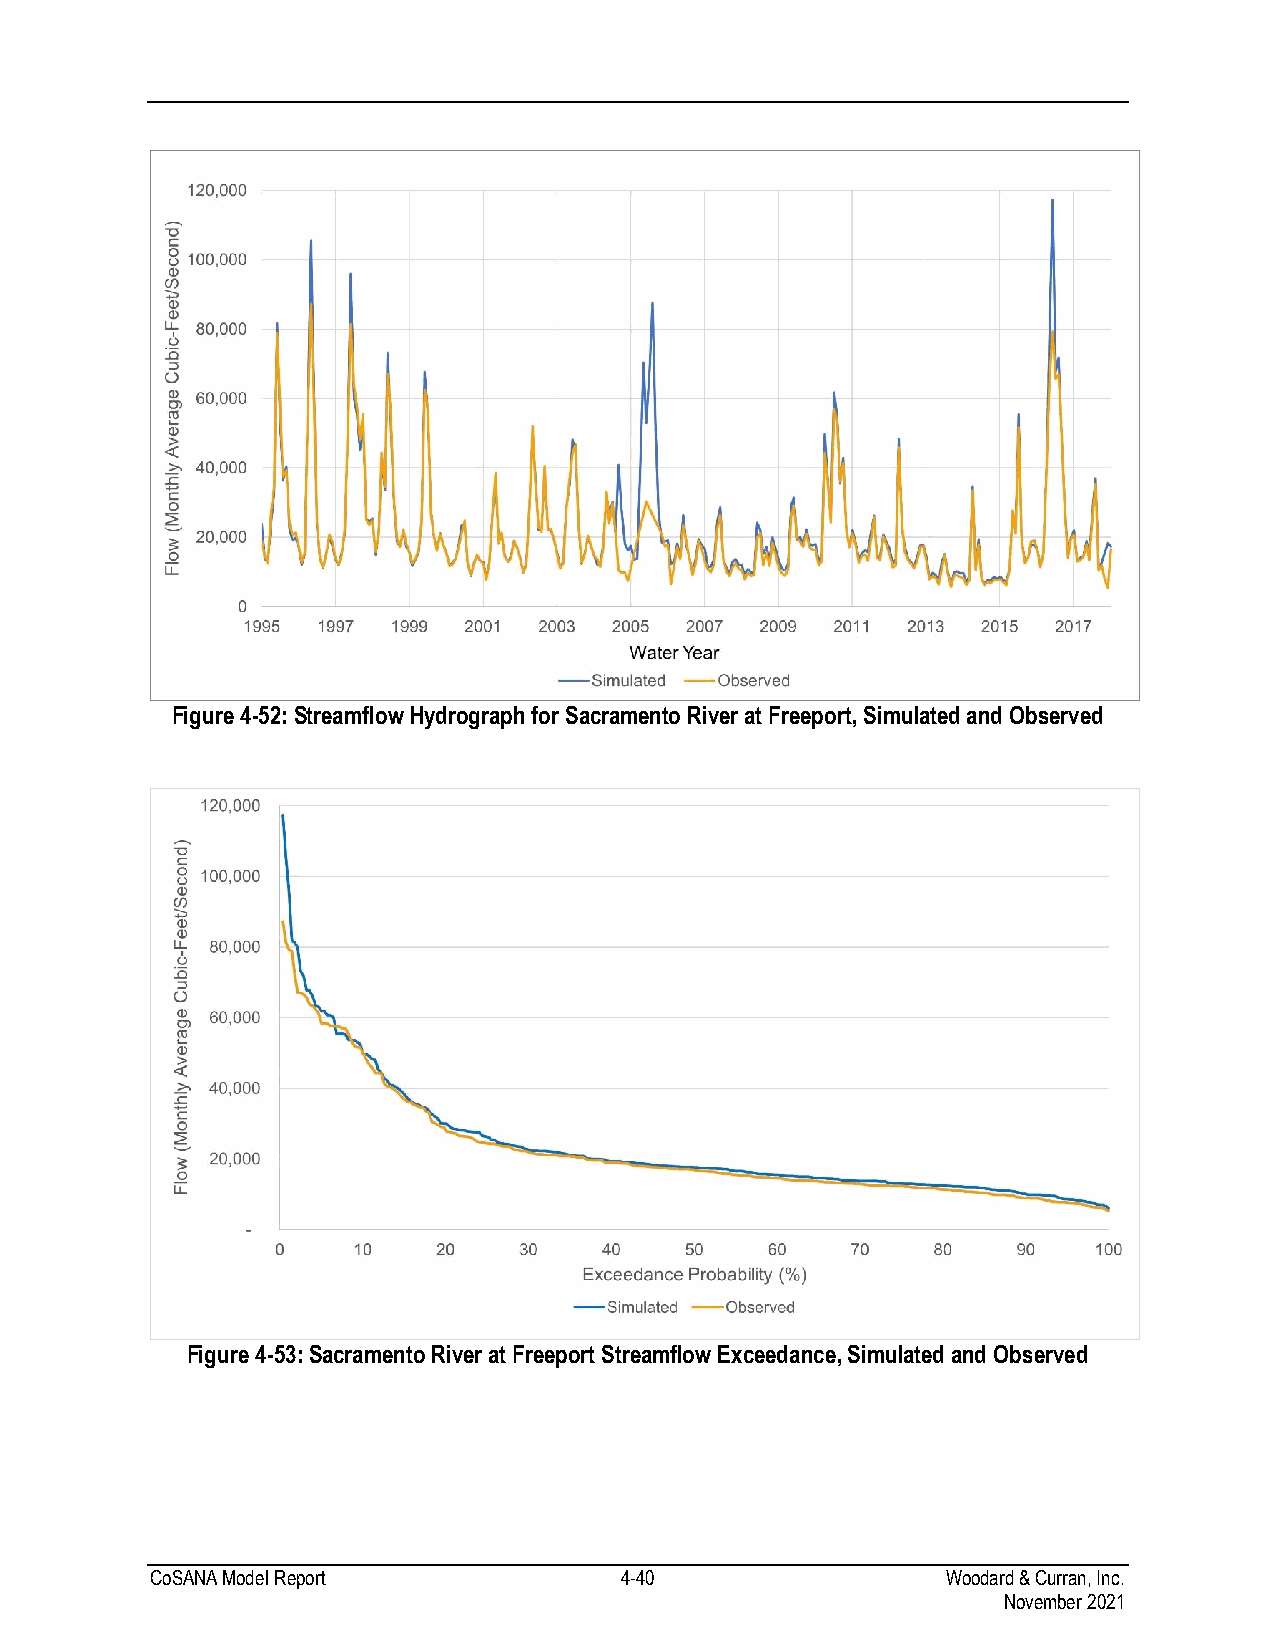
Figure 4-52: Streamflow Hydrograph for Sacramento River at Freeport, Simulated and Observed
 Figure 4-53: Sacramento River at Freeport Streamflow Exceedance, Simulated and Observed
 CoSANA Model Report            4-40                  Woodard & Curran, Inc.
 November 2021